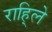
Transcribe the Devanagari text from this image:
राहि्ले